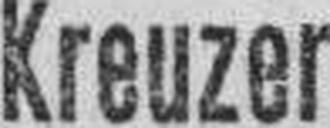
Kreuzer